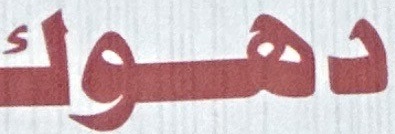
دهوك